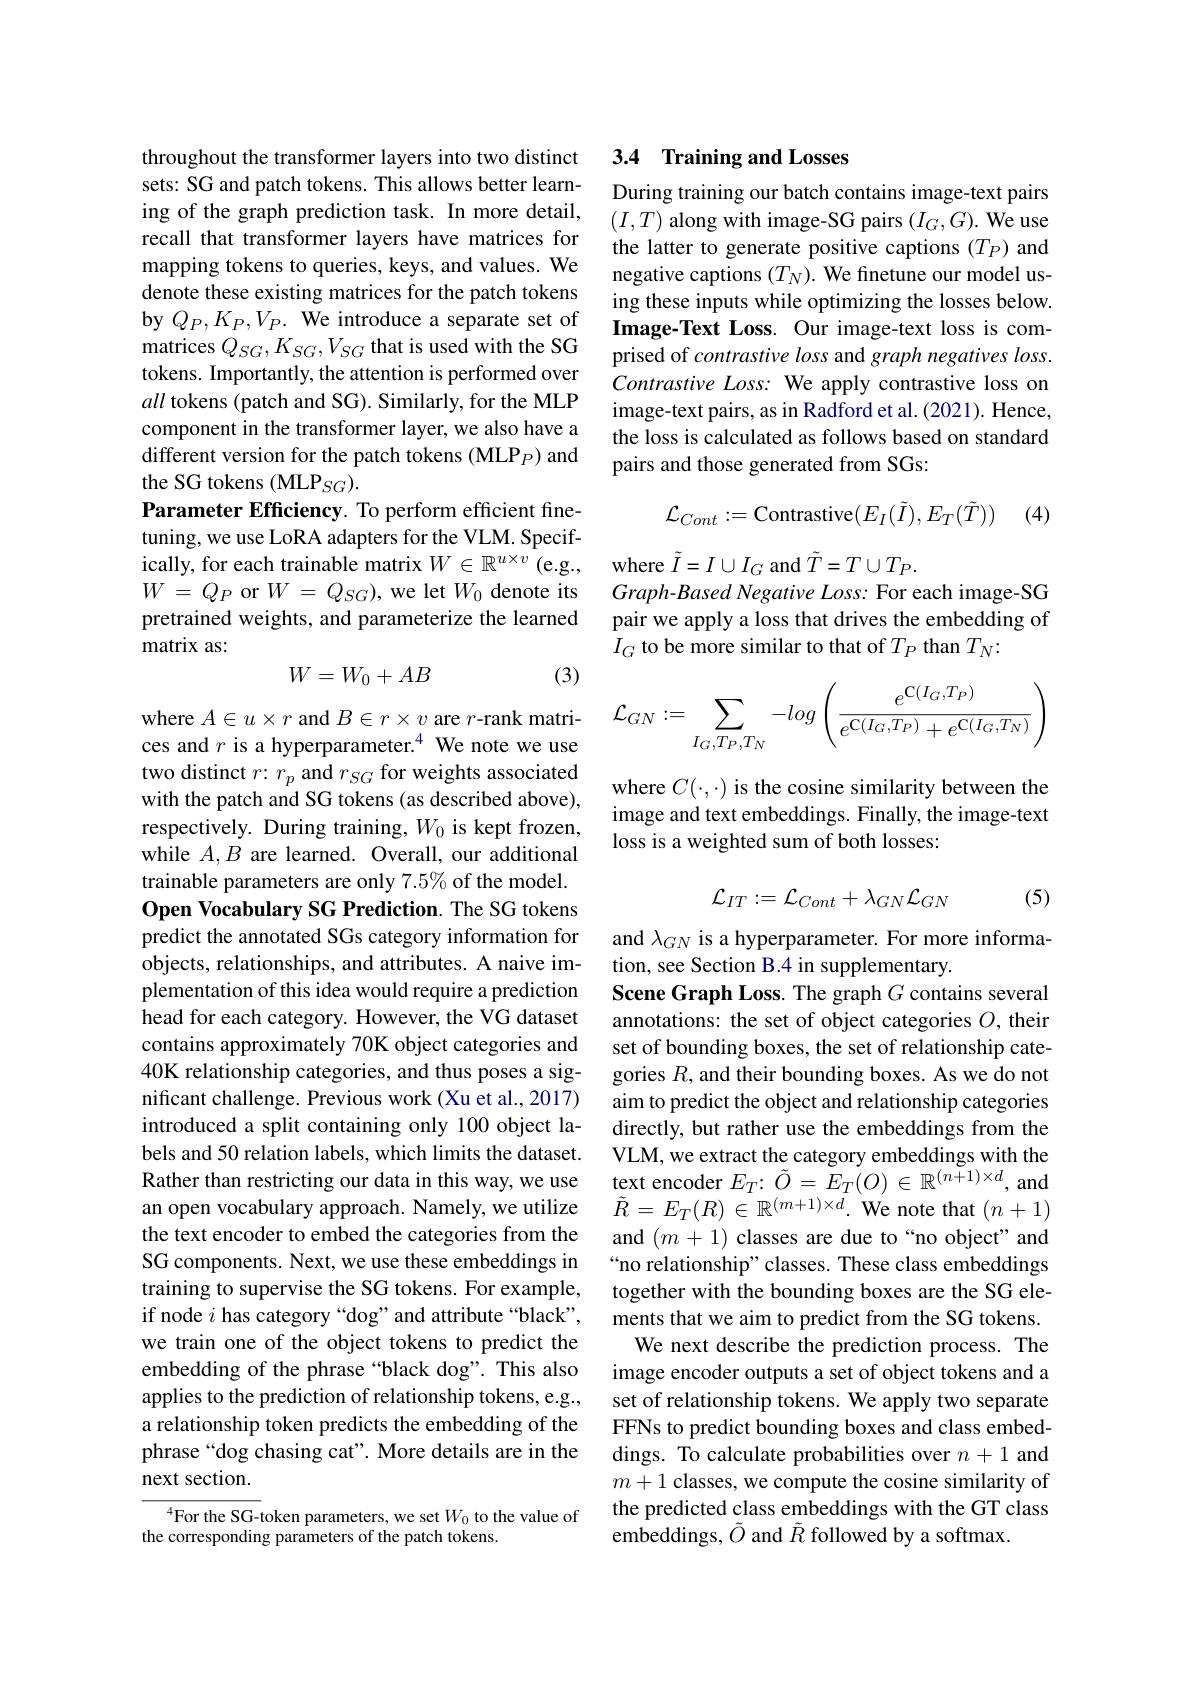
throughout the transformer layers into two distinct sets: SG and patch tokens. This allows better learning of the graph prediction task. In more detail, recall that transformer layers have matrices for mapping tokens to queries, keys, and values. We denote these existing matrices for the patch tokens by $Q_P,K_P,V_P.$ We introduce a separate set of matrices $Q_SG,K_{SG},V_{SG}$ that is used with the SG tokens. Importantly, the attention is performed over all tokens (patch and SG). Similarly, for the MLP component in the transformer layer, we also have a different version for the patch tokens (MLP$_P)$ and the SG tokens (MLP$_SG).$
Parameter Efficiency. To perform efficient finetuning, we use LoRA adapters for the VLM. Specifically, for each trainable matrix $W\in\mathbb{R}^{u\times v}$ (e.g, where $\tilde{I}=I\cup I_G$ and $\tilde{T}=T\cup T_P.$
$W$ = $Q_{P}$or$W$ = $Q_{SG}) $,we let$W_{0}$denote its pretrained weights, and parameterize the learned matrix as:
$$W=W_0+AB$$
(3)

where $A\in u\times r$ and $B\in r\times v$ are $r$-rank matrices and $r\text{ is a hyperparameter.}^{4}$ We note we use two distinct $r{:}r_{p}$ and $r_{SG}$ for weights associated with the patch and SG tokens (as described above), respectively. During training, $W_0$ is kept frozen, while $A,B$ are learned. Overall, our additional trainable parameters are only $7.5\%$ of the model. Open Vocabulary SG Prediction. The SG tokens predict the annotated SGs category information for objects, relationships, and attributes. A naive implementation of this idea would require a prediction head for each category. However, the VG dataset contains approximately 70K object categories and 40K relationship categories, and thus poses a significant challenge. Previous work (Xu et al., 2017) introduced a split containing only 100 object labels and 50 relation labels, which limits the dataset. Rather than restricting our data in this way, we use an open vocabulary approach. Namely, we utilize the text encoder to embed the categories from the SG components. Next, we use these embeddings in training to supervise the SG tokens. For example, if node $i$ has category “dog”and attribute“black", we train one of the object tokens to predict the embedding of the phrase “black dog”. This also applies to the prediction of relationship tokens, e.g., a relationship token predicts the embedding of the phrase“dog chasing cat”. More details are in the next section.
${}^{4}$For the SG-token parameters, we set $W_0$ to the value of

the corresponding parameters of the patch tokens.

## 3.4 Training and Losses

During training our batch contains image-text pairs $(I,T)$ along with image-SG pairs $(I_G,G).$ We use the latter to generate positive captions $(T_P)$ and negative captions $(T_N).$ We finetune our model using these inputs while optimizing the losses below. Image-Text Loss. Our image-text loss is comprised of contrastive loss and graph negatives loss. Contrastive Loss: We apply contrastive loss on image-text pairs, as in Radford et al. (2021). Hence, the loss is calculated as follows based on standard pairs and those generated from SGs:
$$\mathcal{L}_{Cont}:=\text{Contrastive}(E_I(\tilde{I}),E_T(\tilde{T}))$$
(4)

Graph- Based Negative Loss: For each image- SG pair we apply a loss that drives the embedding of $I_{G}$ to be more similar to that of $T_P$ than $T_N:$
$$\mathcal{L}_{GN}:=\sum_{I_G,T_P,T_N}-log\left(\frac{e^{\mathbf{C}(I_G,T_P)}}{e^{\mathbf{C}(I_G,T_P)}+e^{\mathbf{C}(I_G,T_N)}}\right)$$
where $C(\cdot,\cdot)$ is the cosine similarity between the image and text embeddings. Finally, the image-text loss is a weighted sum of both losses:
$$\mathcal{L}_{IT}:=\mathcal{L}_{Cont}+\lambda_{GN}\mathcal{L}_{GN}$$
(5)

and $\lambda_{GN}$ is a hyperparameter. For more informa-
tion, see Section B.4 in supplementary.
Scene Graph Loss. The graph $G$ contains several annotations: the set of object categories $O$, their set of bounding boxes, the set of relationship categories $R$, and their bounding boxes. As we do not aim to predict the object and relationship categories directly, but rather use the embeddings from the VLM, we extract the category embeddings with the text encoder $E_T{:}\tilde{O}=\tilde{E}_{T}(O)\in\mathbb{R}^{(n+1)\times d}$, and $\tilde{R}=E_{T}(R)\in\mathbb{R}^{(m+1)\times d}.$We note that $(n+1)$ and $(m+1)$ classes are due to“no object”and “no relationship” classes. These class embeddings together with the bounding boxes are the SG elements that we aim to predict from the SG tokens.
We next describe the prediction process. The image encoder outputs a set of object tokens and a set of relationship tokens. We apply two separate FFNs to predict bounding boxes and class embeddings. To calculate probabilities over $n+1$ and $m+1$ classes, we compute the cosine similarity of the predicted class embeddings with the GT class embeddings, $\tilde{O}$ and $\tilde{R}$ followed by a softmax